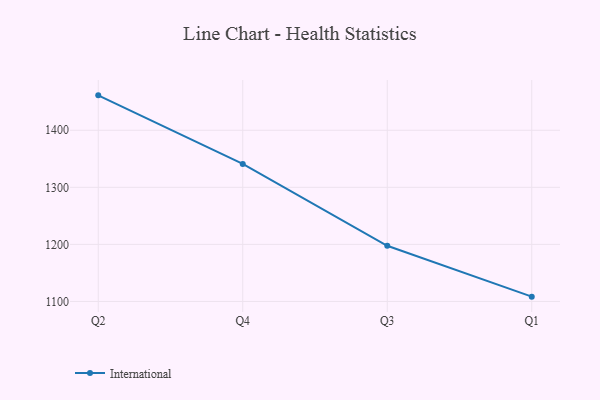
{"axis": {"x": "Quarter", "y": "Page Views"}, "legend": ["International"], "data": [{"x": "Q2", "y": 1461.2, "type": "International"}, {"x": "Q4", "y": 1341.1, "type": "International"}, {"x": "Q3", "y": 1197.6, "type": "International"}, {"x": "Q1", "y": 1108.4, "type": "International"}]}